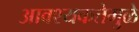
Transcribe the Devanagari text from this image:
आवश्यकतेमुळे